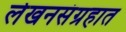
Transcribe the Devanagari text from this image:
लेखनसंग्रहात